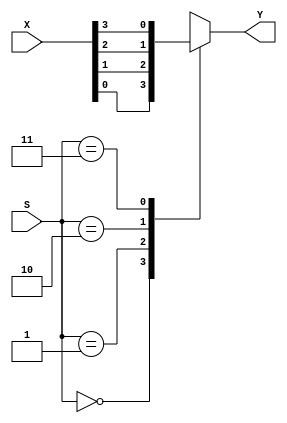
module Mux_4to1(X,S,Y);
	input[3:0] X;
	input[1:0] S;
	output reg Y;

always@(X or S)
	begin
		case (S)
			2'b00: Y <= X[0];
			2'b01: Y <= X[1];
			2'b10: Y <= X[2];
			2'b11: Y <= X[3];
		endcase
	end
endmodule